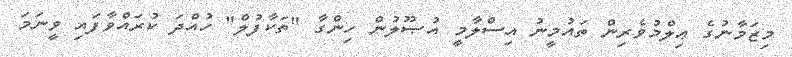
މިޒަމާނުގެ ޢިލްމުވެރިން ތައުމީނު އިސްލާމީ އުޞޫލުން ހިންގާ "ތަކާފުލް" ހުއްދަ ކުރައްވާފައި ވީނަމަ